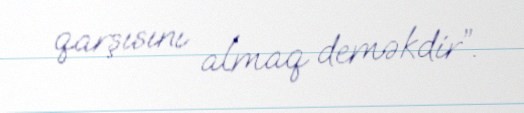
qarşısını almaq deməkdir”.